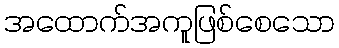
အထောက်အကူဖြစ်စေသော